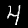
Label: 4